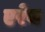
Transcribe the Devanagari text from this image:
एरेय